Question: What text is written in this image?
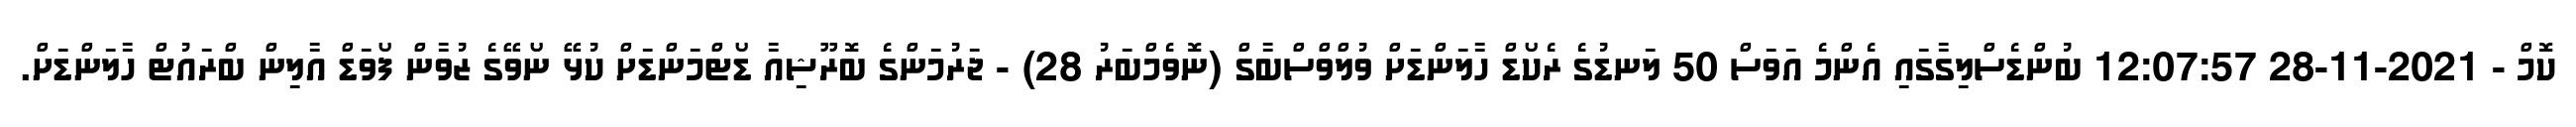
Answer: ކޮމް - 2021-11-28 12:07:57 ބުންޑެސްލިގާގައި އެންމެ އަވަސް 50 ލަނޑުގެ ރެކޯޑް ހާލަންޑަށް ވުލްވްސްބާގް (ނޮވެމްބަރު 28) - ޖަރުމަންގެ ބޮރޫޝިއާ ޑޯޓްމަންޑަށް ކުޅޭ ނޯވޭގެ ޒުވާން ފޯވަޑް އާލިން ބްރައުޓް ހާލަންޑަށް.